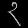
Digit: ၃